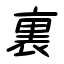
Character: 裏